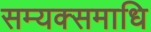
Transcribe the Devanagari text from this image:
सम्यक्समाधि